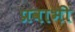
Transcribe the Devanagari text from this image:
प्रवाभी